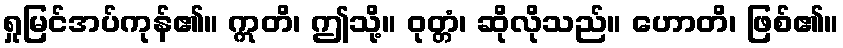
ရှုမြင်အပ်ကုန်၏။ ဣတိ၊ ဤသို့။ ဝုတ္တံ၊ ဆိုလိုသည်။ ဟောတိ၊ ဖြစ်၏။